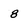
Character: 8